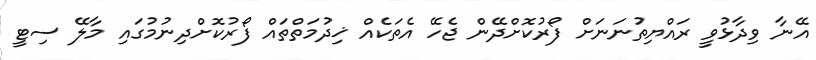
އޭނާ ވިދާޅުވީ ރައްޔިތުނަނަށް ފޯރުކޮށްދޭން ޖެހޭ އެތަކެއް ޚިދުމަތްތައް ފޯރުކޮށްދިނުމުގައި މާލޭ ސިޓީ